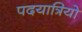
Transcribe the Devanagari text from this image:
पदयात्रियो